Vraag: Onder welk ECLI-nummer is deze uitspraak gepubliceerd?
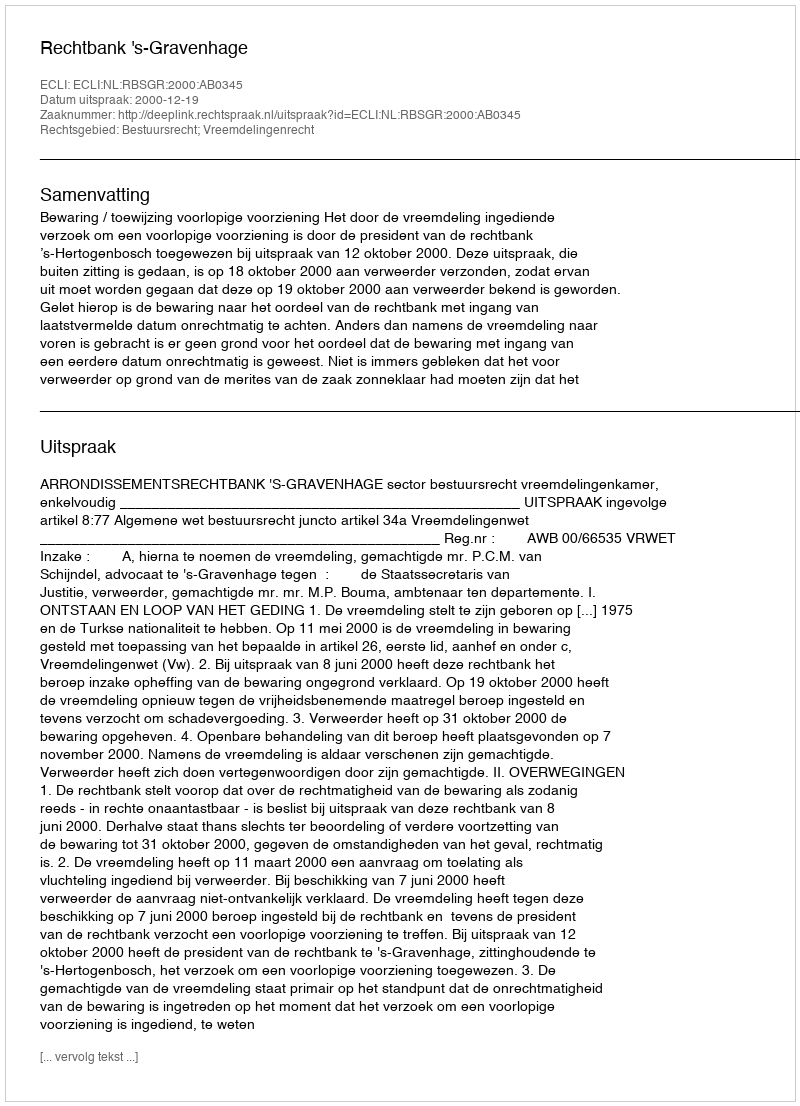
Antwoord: ECLI:NL:RBSGR:2000:AB0345